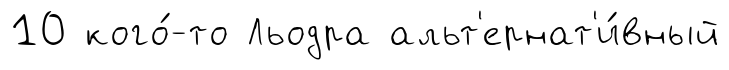
10 кого́-то Льодра альт'ернат'и́вный